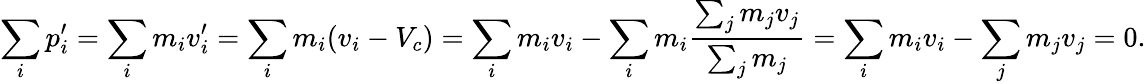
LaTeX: \sum_{i}p_{i}^{\prime}=\sum_{i}m_{i}v_{i}^{\prime}=\sum_{i}m_{i}(v_{i}-V_{c})=\sum_{i}m_{i}v_{i}-\sum_{i}m_{i}{\frac{\sum_{j}m_{j}v_{j}}{\sum_{j}m_{j}}}=\sum_{i}m_{i}v_{i}-\sum_{j}m_{j}v_{j}=0.